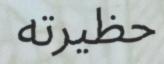
حظيرته